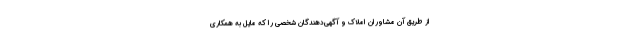
از طریق آن مشاوران املاک و آگهی‌دهندگان شخصی را که مایل به همکاری